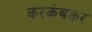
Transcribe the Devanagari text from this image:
करकंबकर